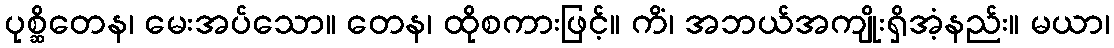
ပုစ္ဆိတေန၊ မေးအပ်သော။ တေန၊ ထိုစကားဖြင့်။ ကိံ၊ အဘယ်အကျိုးရှိအံ့နည်း။ မယာ၊